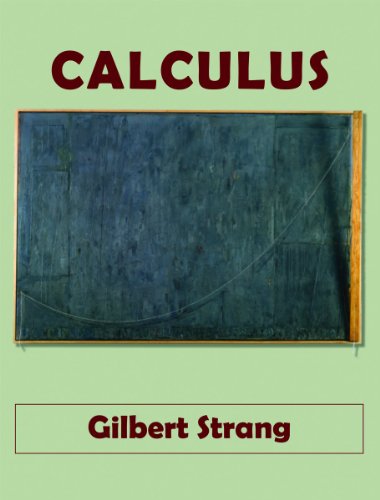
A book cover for Calculus, Second Edition; Gilbert Strang; Science & Math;